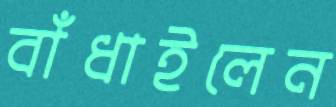
বাঁধাইলেন